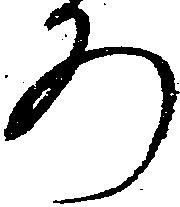
ろ